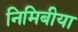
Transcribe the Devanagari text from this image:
निमिबीया